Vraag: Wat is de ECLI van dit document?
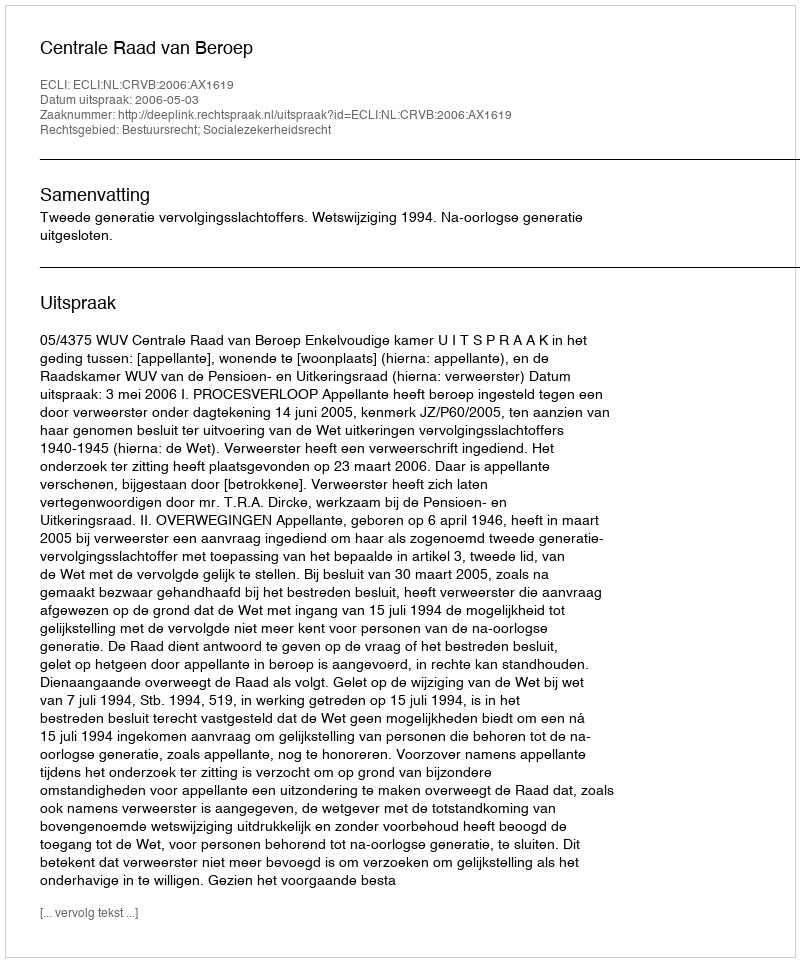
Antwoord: ECLI:NL:CRVB:2006:AX1619